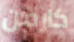
كارمن